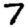
Digit: 7